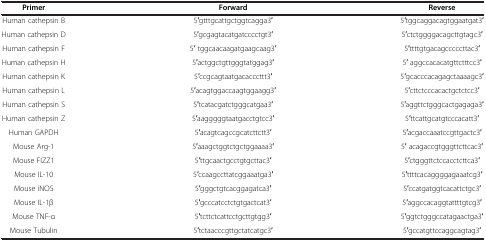
<table><thead><tr><td><b>Primer</b></td><td><b>Forward</b></td><td><b>Reverse</b></td></tr></thead><tbody><tr><td>Human cathepsin B</td><td>5′gtttgcattgctggtcagga3′</td><td>5′tggcaggacagtggaatgat3′</td></tr><tr><td>Human cathepsin D</td><td>5′gcgagtacatgatcccctgt3′</td><td>5′ctctggggacagcttgtagc3′</td></tr><tr><td>Human cathepsin F</td><td>5′ tggcaacaagatgaagcaag3′</td><td>5′ttttgtgacagcccccttac3′</td></tr><tr><td>Human cathepsin H</td><td>5′actggctgttgggtatggag3′</td><td>5′ aggccacacatgttctttcc3′</td></tr><tr><td>Human cathepsin K</td><td>5′ccgcagtaatgacacccttt3′</td><td>5′gcacccacagagctaaaagc3′</td></tr><tr><td>Human cathepsin L</td><td>5′acagtggaccaagtggaagg3′</td><td>5′cttctcccacactgctctcc3′</td></tr><tr><td>Human cathepsin S</td><td>5′tcatacgatctgggcatgaa3′</td><td>5′aggttctgggcactgagaga3′</td></tr><tr><td>Human cathepsin Z</td><td>5′aagggggtaatgacctgtcc3′</td><td>5′ttcattgcatgtcccacatt3′</td></tr><tr><td>Human GAPDH</td><td>5′acagtcagccgcatcttctt3′</td><td>5′acgaccaaatccgttgactc3′</td></tr><tr><td>Mouse Arg-1</td><td>5′aaagctggtctgctggaaaa3′</td><td>5′ acagaccgtgggttcttcac3′</td></tr><tr><td>Mouse FIZZ1</td><td>5′ttgcaactgcctgtgcttac3′</td><td>5′ctgggttctccacctcttca3′</td></tr><tr><td>Mouse IL-10</td><td>5′ccaagccttatcggaaatga3′</td><td>5′ttttcacaggggagaaatcg3′</td></tr><tr><td>Mouse iNOS</td><td>5′gggctgtcacggagatca3′</td><td>5′ccatgatggtcacattctgc3′</td></tr><tr><td>Mouse IL-1β</td><td>5′gcccatcctctgtgactcat3′</td><td>5′aggccacaggtattttgtcg3′</td></tr><tr><td>Mouse TNF-α</td><td>5′tcttctcattcctgcttgtgg3′</td><td>5′ggtctgggccatagaactga3′</td></tr><tr><td>Mouse Tubulin</td><td>5′tctaacccgttgctatcatgc3′</td><td>5′gccatgttccaggcagtag3′</td></tr></tbody></table>